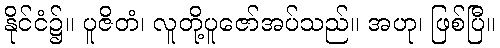
နိုင်ငံ၌။ ပူဇိတံ၊ လူတို့ပူဇော်အပ်သည်။ အဟု၊ ဖြစ်ပြီ။